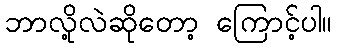
ဘာလို့လဲဆိုတော့ ကြောင့်ပါ။